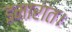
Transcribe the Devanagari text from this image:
इमारात।